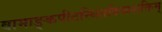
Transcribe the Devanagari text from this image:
वामाङ्कपीठस्थितदिव्यशक्तिम्